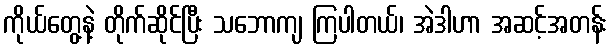
ကိုယ်တွေ့နဲ့ တိုက်ဆိုင်ပြီး သဘောကျ ကြပါတယ်၊ အဲဒါဟာ အဆင့်အတန်း